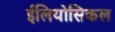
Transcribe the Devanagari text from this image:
ईलियोसिकल